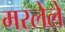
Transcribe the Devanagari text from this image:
मरलेलें